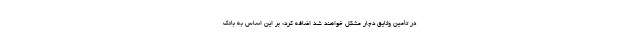
در تأمین وثایق دچار مشکل خواهند شد اضافه کرد: بر این اساس به بانک